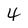
Character: 4